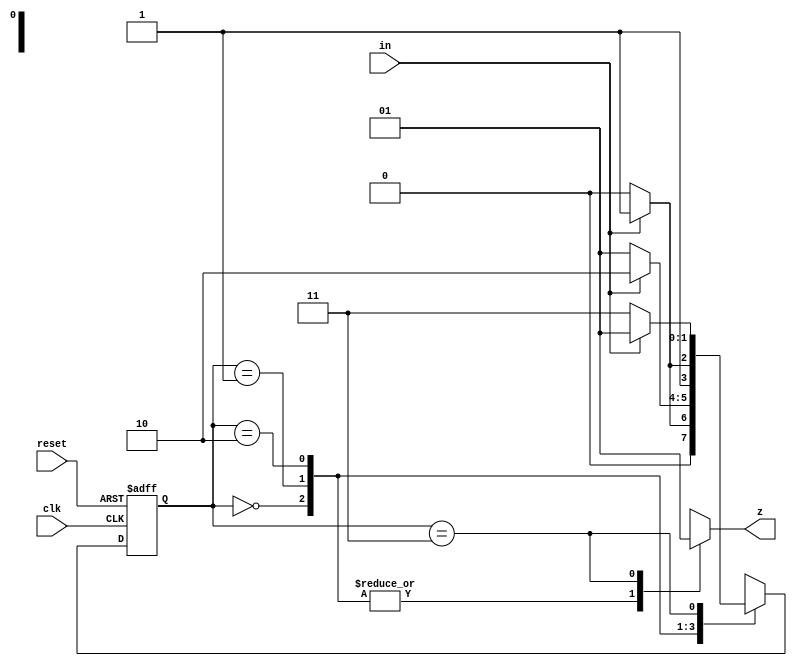
module lab5_2_1(
    input in,reset,clk,
    output reg z
    );
    reg [1:0] state,nextstate;
    parameter S0 = 0,S1 = 1,S2 = 2,S3 = 3;
    always @(posedge clk or posedge reset)
    if(reset)
        state = S0;
    else
        state = nextstate;
        
    always @(state)
    begin
        case(state)
            S0: z = 0;
            S1: z = 0;
            S2: z = 0;
            S3: z = 1;
        endcase
    end
    always @(state or in)
    begin
        case(state)
            S0: 
            begin
                if(in)
                    nextstate = S1;
                else
                    nextstate = S0;
            end
            S1: 
            begin
                if(in)
                    nextstate = S2;
                else
                    nextstate = S1;
            end
            S2: 
            begin
                if(in)
                    nextstate = S3;
                else
                    nextstate = S2;
            end
            S3: 
            begin
                if(in)
                    nextstate = S1;
                else
                    nextstate = S3;
            end
        endcase
    end
endmodule